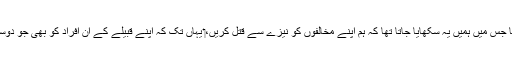
‏ مَیں ایک ایسی سیاسی پارٹی کا حصہ بن گیا جس میں ہمیں یہ سکھایا جاتا تھا کہ ہم اپنے مخالفوں کو نیزے سے قتل کریں،‏ یہاں تک کہ اپنے قبیلے کے اُن افراد کو بھی جو دوسری سیاسی پارٹیوں کی حمایت کرتے تھے۔